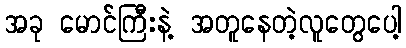
အခု မောင်ကြီးနဲ့ အတူနေတဲ့လူတွေပေါ့